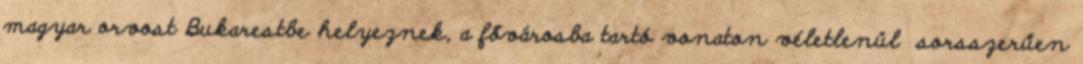
magyar orvost Bukarestbe helyeznek, a fővárosba tartó vonaton véletlenül sorsszerűen